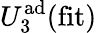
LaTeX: U_{3}^{\mathrm{ad}}(\mathrm{fit})